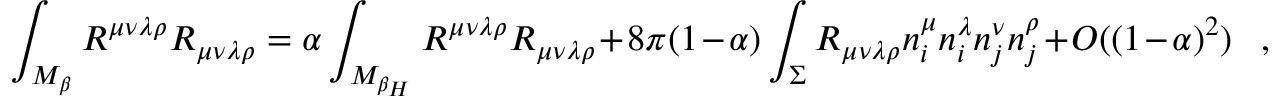
\int _ { { \cal M } _ { \beta } } R ^ { \mu \nu \lambda \rho } R _ { \mu \nu \lambda \rho } = \alpha \int _ { { \cal M } _ { \beta _ { H } } } R ^ { \mu \nu \lambda \rho } R _ { \mu \nu \lambda \rho } + 8 \pi ( 1 - \alpha ) \int _ { \Sigma } R _ { \mu \nu \lambda \rho } n _ { i } ^ { \mu } n _ { i } ^ { \lambda } n _ { j } ^ { \nu } n _ { j } ^ { \rho } + O ( ( 1 - \alpha ) ^ { 2 } ) ~ ~ ~ ,